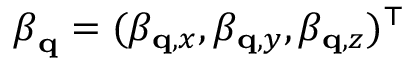
\boldsymbol \beta _ { \mathbf { q } } = ( \beta _ { \mathbf { q } , x } , \beta _ { \mathbf { q } , y } , \beta _ { \mathbf { q } , z } ) ^ { \top }